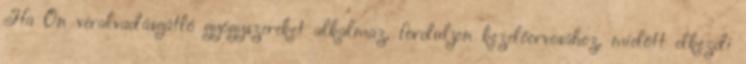
Ha Ön véralvadásgátló gyógyszereket alkalmaz, forduljon kezelőorvosához, mielőtt elkezdi